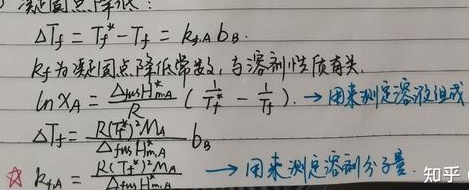
凝固点降低：
\[
\begin{align*}
\Delta T_{f}&=T_{f}^{*}-T_{f}=k_{f}m_{B}\\
k_{f}&\text{为凝固点降低常数，与溶剂性质有关.}\\
\ln x_{A}&=\frac{\Delta_{fus}H_{m,A}}{R}\left(\frac{1}{T_{f}^{*}}-\frac{1}{T_{f}}\right).\\
\Delta T_{f}&=\frac{R(T_{f}^{*})^{2}M_{A}}{\Delta_{fus}H_{m,A}}b_{B}
\end{align*}
\]
\(\ln x_{A}=\frac{\Delta_{fus}H_{m,A}}{R}\left(\frac{1}{T_{f}^{*}}-\frac{1}{T_{f}}\right)\)用来测定溶质组成；\(\Delta T_{f}=\frac{R(T_{f}^{*})^{2}M_{A}}{\Delta_{fus}H_{m,A}}b_{B}\)用来测定溶质分子量。